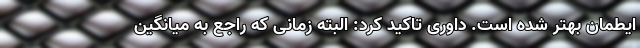
ایطمان بهتر شده است. داوری تاکید کرد: البته زمانی که راجع به میانگین